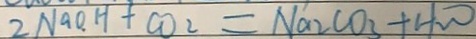
2 N a O H + C O _ { 2 } = N a _ { 2 } C O _ { 3 } + H _ { 2 } O